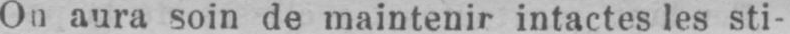
intactes les sti-